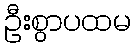
ဦးစွာပထမ